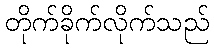
တိုက်ခိုက်လိုက်သည်